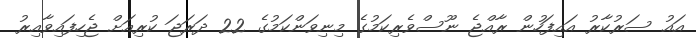
އައު ސަރުކާރު އައިފަހުން ރާއްޖެ ނޫސްވެރިކަމުގެ މިނިވަންކަމުގެ 22 ދަރަޖަ ކުރިއަށް ޖެހިފައިވާއިރު